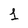
Character: 1